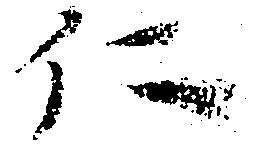
仁